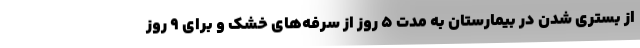
از بستری شدن در بیمارستان به مدت ۵ روز از سرفه‌های خشک و برای ۹ روز